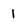
Character: 1